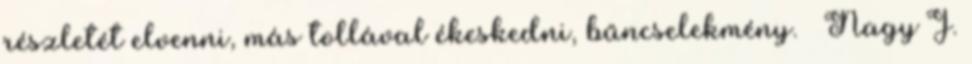
részletét elvenni, más tollával ékeskedni, bűncselekmény. ♥ Nagy J.